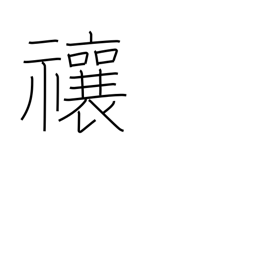
Meaning: drive away